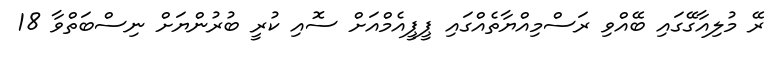
ރޭ މުލިއާގޭގައި ބޭއްވި ރަސްމިއްޔާތެއްގައި ޕީޕީއެމްއަށް ސޮއި ކުރީ ބުރުންޔަށް ނިސްބަތްވާ 18